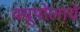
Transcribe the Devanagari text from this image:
क्यूपोलाचे